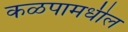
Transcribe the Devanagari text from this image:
कळपामधील